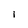
Character: I